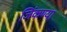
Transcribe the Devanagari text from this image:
जिंकण्या